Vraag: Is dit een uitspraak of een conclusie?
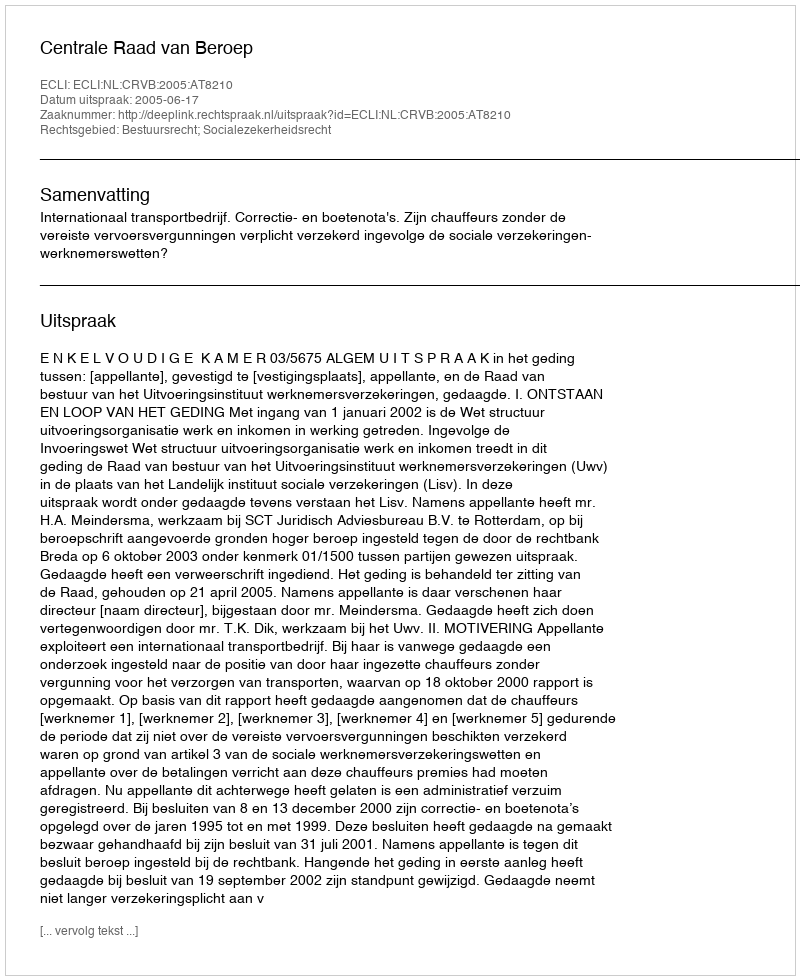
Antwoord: Uitspraak